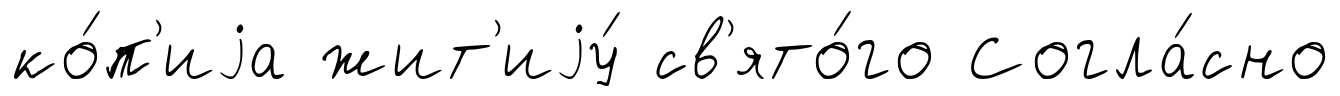
ко́п'иjа жит'иjу́ св'ято́го Согла́сно